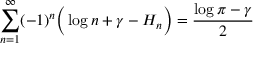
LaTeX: \sum _ { n = 1 } ^ { \infty } ( - 1 ) ^ { n } { \Big ( } \log n + \gamma - H _ { n } { \Big ) } = { \frac { \log \pi - \gamma } { 2 } }